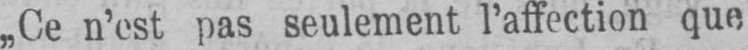
„Ce n’est pas seulement l’affection que